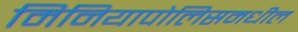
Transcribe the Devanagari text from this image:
मिनियापोलिसमधील